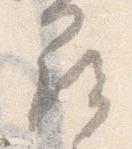
尋